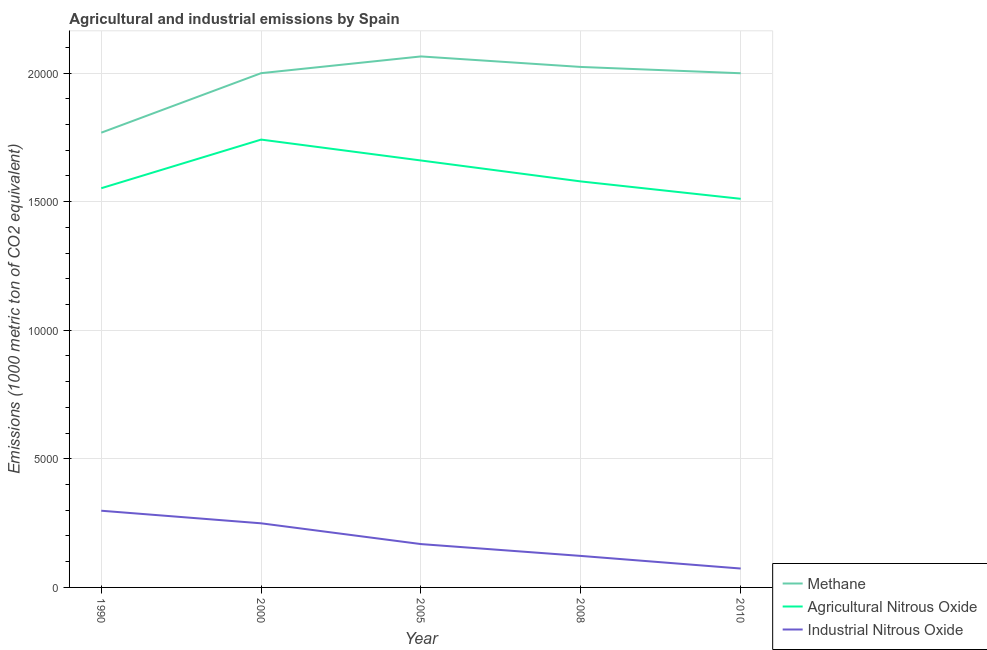
| Year | Methane | Agricultural Nitrous Oxide | Industrial Nitrous Oxide |
 | --- | --- | --- | --- |
 | 1990 | 1.77e+04 | 1.55e+04 | 2.98e+03 |
 | 2000 | 2e+04 | 1.74e+04 | 2.49e+03 |
 | 2005 | 2.06e+04 | 1.66e+04 | 1.69e+03 |
 | 2008 | 2.02e+04 | 1.58e+04 | 1.22e+03 |
 | 2010 | 2e+04 | 1.51e+04 | 735 |